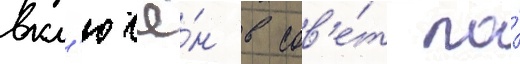
вкл'ючё́н в сов'е́т по́